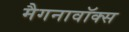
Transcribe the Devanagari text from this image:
मैगनावॉक्स